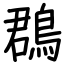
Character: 鵘